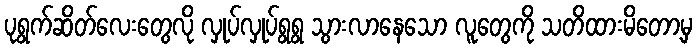
ပုရွက်ဆိတ်လေးတွေလို လှုပ်လှုပ်ရွရွ သွားလာနေသော လူတွေကို သတိထားမိတော့မှ